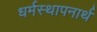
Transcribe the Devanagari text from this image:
धर्मस्थापनार्थ